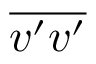
\overline { { v ^ { \prime } v ^ { \prime } } }